system: You are a helpful assistant.
user:
Analyze the provided spectrum to determine if it is a **"Cataclysmic Variables (CV)"**.

- **Key Indicators for CV (Check for either state):**
    - **State 1: Quiescent / Low-State (Emission-Dominated)**
        - **(Primary):** Strong and *very broad* Hydrogen Balmer emission lines (e.g., $H\alpha$ at 6563 Å, $H\beta$ at 4861 Å). The 'broadness' (high velocity dispersion, often FWHM > 1000 km/s) is the key diagnostic, indicating a high-velocity accretion disk.
        - **(Secondary):** Broad neutral Helium (He I) emission lines (e.g., 5876 Å, 6678 Å).
        - **(Key Confirmation):** Presence of high-excitation *ionized* Helium (He II) emission at 4686 Å. This is a strong indicator of accretion onto a white dwarf.
        - **(Line Profile):** Emission lines may exhibit a 'double-peaked' profile, which is a classic signature of a rotating accretion disk viewed at high inclination.

    - **State 2: Outburst / High-State (Absorption-Dominated)**
        - **(Primary):** Spectrum is dominated by a bright, blue continuum (looks like a hot star).
        - **(Secondary):** The emission lines from State 1 are weak, absent, or 'filled in', and are replaced by broad, shallow *absorption* lines (primarily Balmer and He I).
        - **(Morphology):** The overall spectrum mimics a hot B/A-type star. The crucial difference is that the absorption lines are significantly broader, shallower, and more 'washed-out' (or 'smeared') than the sharp lines of a normal stellar photosphere, due to high rotational speeds and pressure broadening in the disk.

Think first, call **spectral_visualization_tool** if needed to examine features in detail, then provide your final answer. Your response must adhere to the following strict rules:
1.  **Overall Structure:** Your response must follow the format `<think>...</think> <tool_call>...</tool_call> (if a tool is used) <answer>...</answer>`.
2.  **Tool Usage Constraint:** You may only make **one** tool call per turn.
3.  **Final Answer Format:** In the `<answer>` tag, your conclusion must be inside a `\boxed{}` command (e.g., `\boxed{YES}`), followed by your justification.

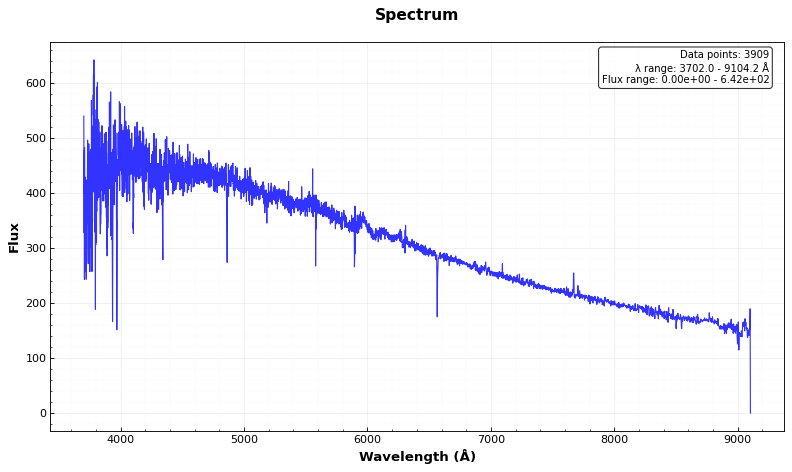
Answer: NO